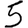
Digit: 5